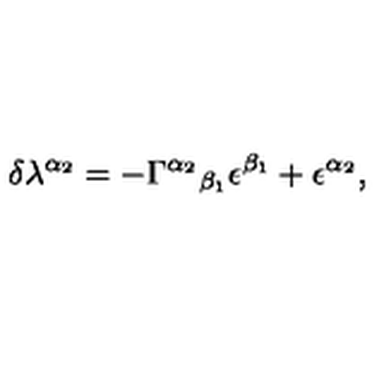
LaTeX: \delta \lambda ^ { \alpha _ { 2 } } = - \Gamma ^ { \alpha _ { 2 } } { } _ { \beta _ { 1 } } \epsilon ^ { \beta _ { 1 } } + \epsilon ^ { \alpha _ { 2 } } ,